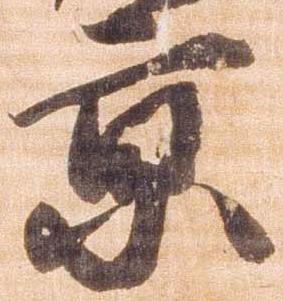
京